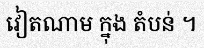
វៀតណាម ក្នុង តំបន់ ។